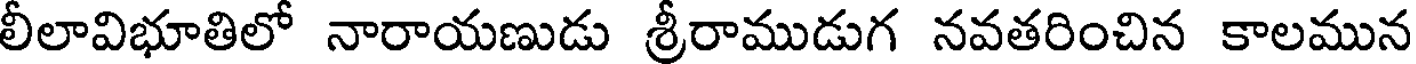
లీలావిభూతిలో నారాయణుడు శ్రీరాముడుగ నవతరించిన కాలమున